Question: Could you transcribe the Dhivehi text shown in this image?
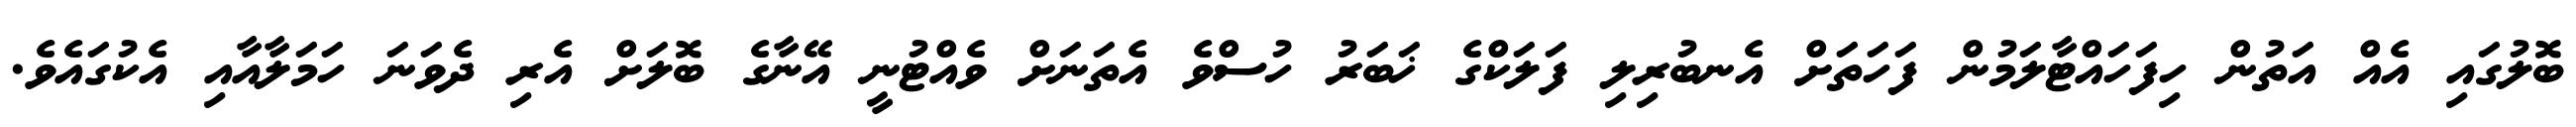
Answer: ބޮލުގައި އެއް އަތުން ހިފަހައްޓާލަމުން ފަހަތަށް އެނބުރިލި ފަލަކްގެ ޚަބަރު ހުސްވެ އެތަނަށް ވެއްޓުނީ އޭނާގެ ބޮލަށް އެރި ދެވަނަ ހަމަލާއާއި އެކުގައެވެ.